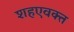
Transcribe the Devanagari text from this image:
शहएवक्त